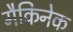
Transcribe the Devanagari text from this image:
मैकिनेक